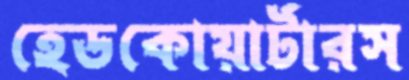
হেডকোয়ার্টারস